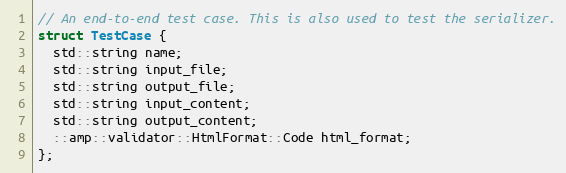
Language: C
// An end-to-end test case. This is also used to test the serializer.
struct TestCase {
  std::string name;
  std::string input_file;
  std::string output_file;
  std::string input_content;
  std::string output_content;
  ::amp::validator::HtmlFormat::Code html_format;
};